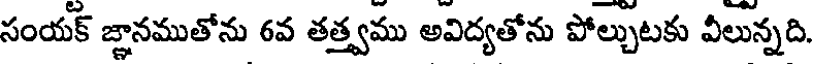
సంయక్ జ్ఞానముతోను 6వ తత్త్వము అవిద్యతోను పోల్చుటకు వీలున్నది.